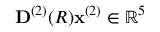
\mathbf { D } ^ { ( 2 ) } ( R ) \mathbf { x } ^ { ( 2 ) } \in \mathbb { R } ^ { 5 }